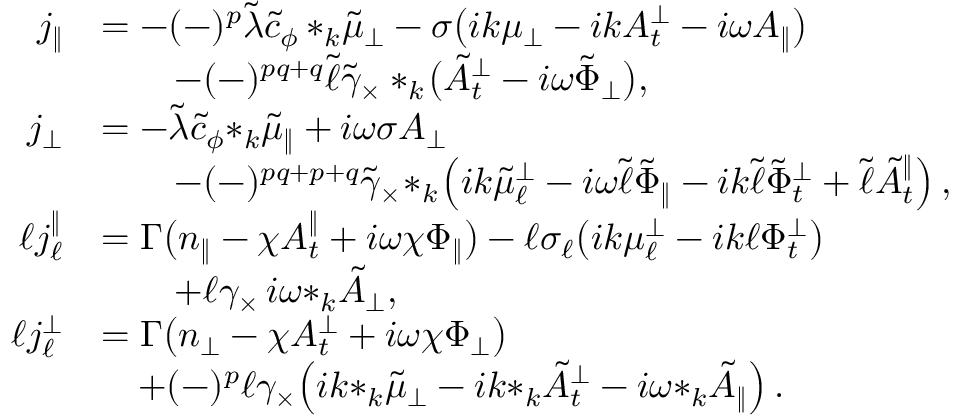
\begin{array} { r l } { j _ { \| } } & { = - ( - ) ^ { p } \tilde { \lambda } \tilde { c } _ { \phi } \, { * _ { k } \tilde { \mu } _ { \perp } } - \sigma \big ( i k { \mu _ { \perp } } - i k A _ { t } ^ { \perp } - i \omega A _ { \| } \big ) } \\ & { \qquad - ( - ) ^ { p q + q } \tilde { \ell } \tilde { \gamma } _ { \times } * _ { k } \! \big ( \tilde { A } _ { t } ^ { \perp } - i \omega \tilde { \Phi } _ { \perp } \big ) , } \\ { j _ { \perp } } & { = - \tilde { \lambda } \tilde { c } _ { \phi } { * _ { k } \tilde { \mu } _ { \| } } + i \omega \sigma A _ { \perp } } \\ & { \qquad - ( - ) ^ { p q + p + q } \tilde { \gamma } _ { \times } \! * _ { k } \! \left( i k { \tilde { \mu } _ { \ell } ^ { \perp } } - i \omega \tilde { \ell } \tilde { \Phi } _ { \| } - i k \tilde { \ell } \tilde { \Phi } _ { t } ^ { \perp } + \tilde { \ell } { \tilde { A } _ { t } ^ { \| } } \right) , } \\ { \ell j _ { \ell } ^ { \| } } & { = \Gamma \big ( n _ { \| } - \chi A _ { t } ^ { \| } + i \omega \chi \Phi _ { \| } \big ) - \ell \sigma _ { \ell } \big ( i k \mu _ { \ell } ^ { \perp } - i k \ell \Phi _ { t } ^ { \perp } \big ) } \\ & { \qquad + \ell \gamma _ { \times } \, i \omega { * _ { k } \tilde { A } _ { \perp } } , } \\ { \ell j _ { \ell } ^ { \perp } } & { = \Gamma \big ( n _ { \perp } - \chi A _ { t } ^ { \perp } + i \omega \chi \Phi _ { \perp } \big ) } \\ & { \quad + ( - ) ^ { p } \ell \gamma _ { \times } \! \left( i k { * _ { k } \tilde { \mu } _ { \perp } } - i k { * _ { k } \tilde { A } _ { t } ^ { \perp } } - i \omega { * _ { k } \tilde { A } _ { \| } } \right) . } \end{array}